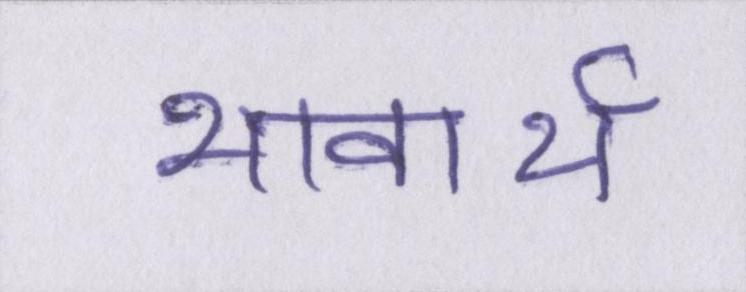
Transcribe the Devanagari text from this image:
भावार्थ